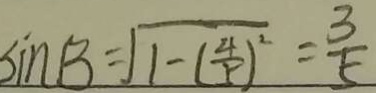
\sin B = \sqrt { 1 - ( \frac { 4 } { 5 } ) ^ { 2 } } = \frac { 3 } { 5 }